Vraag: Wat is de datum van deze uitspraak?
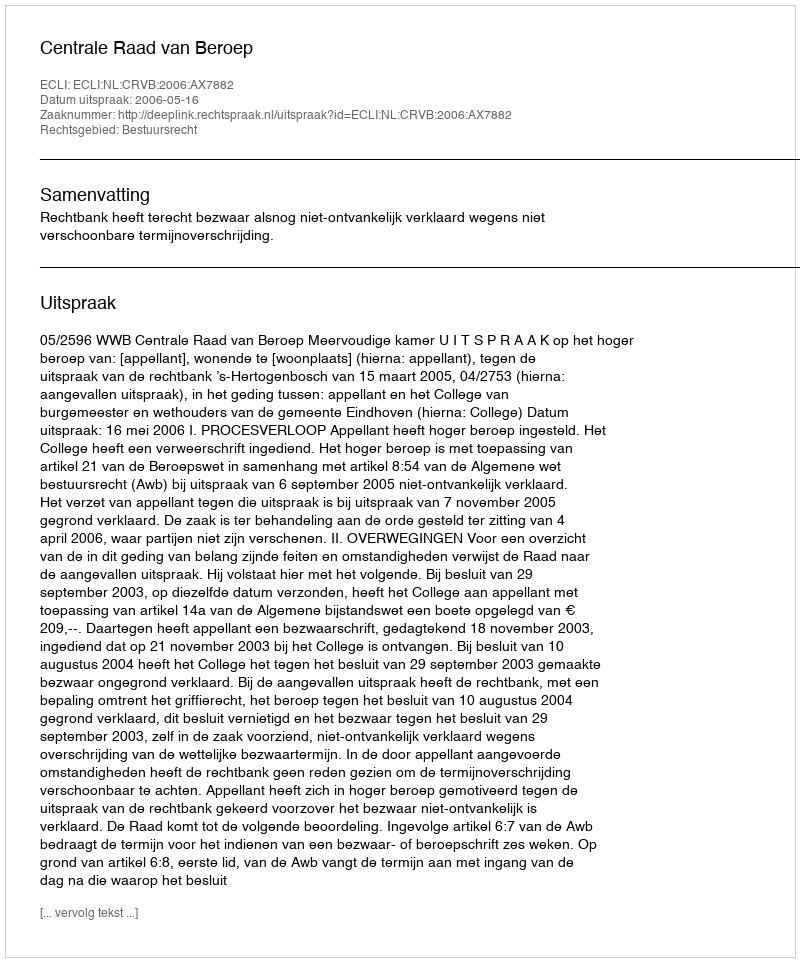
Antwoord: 2006-05-16